Scientific memoirs by medical officers of the Army of India - Part XI,
Year: 1898
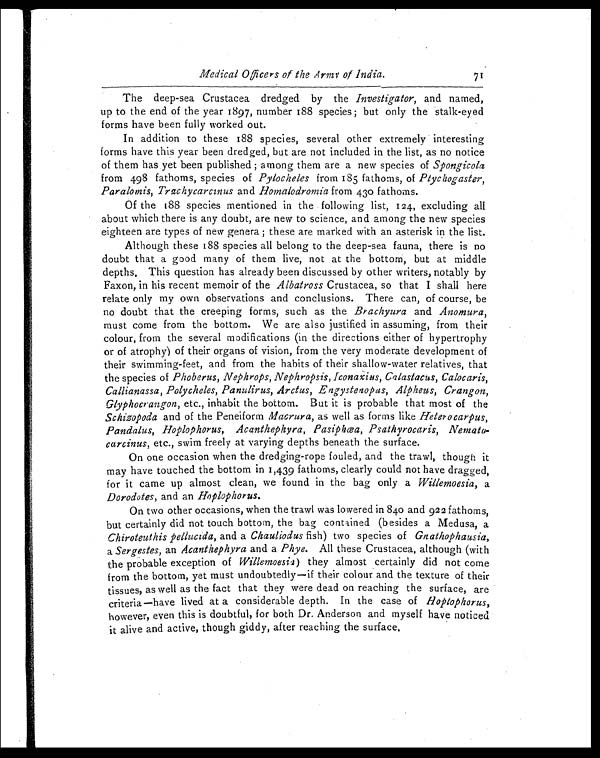
Medical Officers of the Army of India. 7 1
The deep-sea Crustacea dredged by the Investigator, and named,
up to the end of the year 1897, number 188 species ; but only the stalk-eyed
forms have been fully worked out.
In addition to these 188 species, several other extremely interesting
forms have this year been dredged, but are not included in the list, as no notice
of them has yet been published ; among them are a new species of Spongicola
from 498 fathoms, species of Pylocheles from 185 fathoms, of Ptychogaster,
Paralomis, Trachycarcinus and Homalodromia from 430 fathoms.
Of the 188 species mentioned in the following list, 124, excluding all
about which there is any doubt, are new to science, and among the new species
eighteen are types of new genera ; these are marked with an asterisk in the list.
Although these 188 species all belong to the deep-sea fauna, there is no
doubt that a good many of them live, not at the bottom, but at middle
depths, This question has already been discussed by other writers, notably by
Faxon, in his recent memoir of the Albatross Crustacea, so that I shall here
relate only my own observations and conclusions. There can, of course, be
no doubt that the creeping forms, such as the Brachyura and Anomura,
must come from the bottom. We are also justified in assuming, from their
colour, from the several modifications (in the directions either of hypertrophy
or of atrophy) of their organs of vision, from the very moderate development of
their swimming-feet, and from the habits of their shallow-water relatives, that
the species of Phoberus, Nephrops, Nephropsis, Iconaxius, Calastacus, Calocaris,
Callianassa, Polycheles, Panulirus, Arctus, E ngystenopus, Alpheus, Crangon,
Glyphocrangon, etc., inhabit the bottom. But it is probable that most of the
Schizopoda and of the Peneiform Macrura, as well as forms like Heterocarpus,
Pandalus, Hoplophorus, Acanthephyra, Pasiphæa, Psathyrocaris, Nemato-
carcinus, etc., swim freely at varying depths beneath the surface.
On one occasion when the dredging-rope fouled, and the trawl, though it
may have touched the bottom in 1,439 fathoms, clearly could not have dragged,
for it came up almost clean, we found in the bag only a Willemoesia, a
Dorodotes, and an Hoplophorus.
On two other occasions, when the trawl was lowered in 840 and 922 fathoms,
but certainly did not touch bottom, the bag contained (besides a Medusa, a
Chiroteuthis pellucida, and a Chauliodus fish) two species of Gnathophausia,
a Sergestes, an Acanthephyra and a Phye. All these Crustacea, although (with
the probable exception of Willemoesia) they almost certainly did not come
from the bottom, yet must undoubtedly—if their colour and the texture of their
tissues, as well as the fact that they were dead on reaching the surface, are
criteria—have lived at a considerable depth. In the case of Hoplophorus,
however, even this is doubtful, for both Dr. Anderson and myself have noticed
it alive and active, though giddy, after reaching the surface,